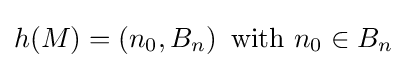
h(M)=\left(n_{0},B_{n}\right){\text{ with }}n_{0}\in B_{n}